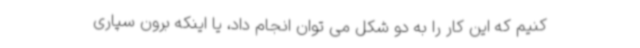
کنیم که این کار را به دو شکل می توان انجام داد، یا اینکه برون سپاری